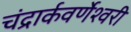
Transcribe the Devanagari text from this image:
चंद्रार्कवर्णेश्वरी